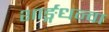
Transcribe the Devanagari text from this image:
शार्ङ्गधन्वा